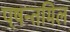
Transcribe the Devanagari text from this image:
पष़न्तमिल